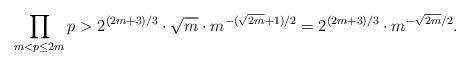
LaTeX: \begin{align*} \prod_{m<p\leq 2m}p> 2^{(2m+3)/3}\cdot \sqrt{m}\cdot m^{-({\sqrt{2m}+1})/2}= 2^{(2m+3)/3}\cdot m^{-\sqrt{2m}/2}.\end{align*}